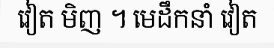
វៀត មិញ ។ មេដឹកនាំ វៀត